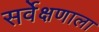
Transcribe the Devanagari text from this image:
सर्वेक्षणाला